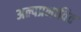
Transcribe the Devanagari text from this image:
अल्पप्रभावित